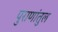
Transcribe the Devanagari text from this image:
पुराणांतुल